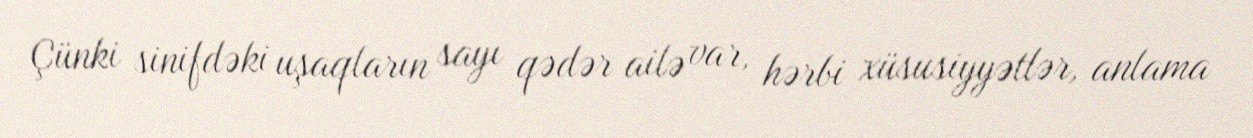
Çünki sinifdəki uşaqların sayı qədər ailə var, hərbi xüsusiyyətlər, anlama